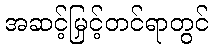
အဆင့်မြှင့်တင်ရာတွင်